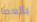
بالعصا